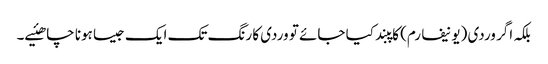
بلکہ اگر وردی (یونیفارم) کاپبند کیا جائے تو وردی کا رنگ تک ایک جیسا ہونا چاھئیے۔